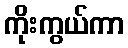
ကိုးကွယ်ကာ